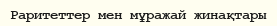
Раритеттер мен мұражай жинақтары